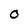
Character: O